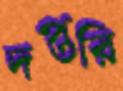
দপ্তরি